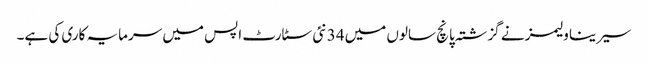
سیرینا ولیمز نے گزشتہ پانچ سالوں میں 34 نئی سٹارٹ اپس میں سرمایہ کاری کی ہے۔